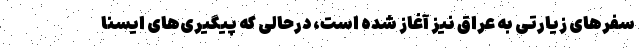
سفرهای زیارتی به عراق نیز آغاز شده است، درحالی که پیگیری‌های ایسنا